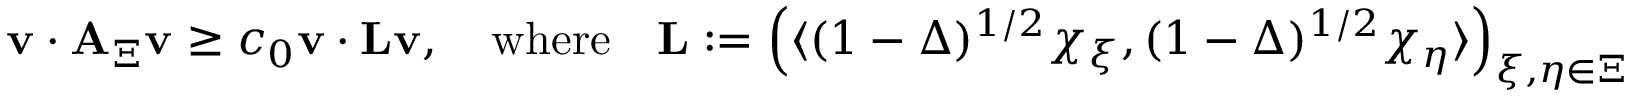
\begin{array} { r } { \boldsymbol { \mathbf { v } } \cdot \boldsymbol { \mathbf { A } } _ { \Xi } \boldsymbol { \mathbf { v } } \ge c _ { 0 } \boldsymbol { \mathbf { v } } \cdot \boldsymbol { \mathbf { L } } \boldsymbol { \mathbf { v } } , \quad \mathrm { w h e r e } \quad \boldsymbol { \mathbf { L } } : = \left( \langle ( 1 - \Delta ) ^ { 1 / 2 } \chi _ { \xi } , ( 1 - \Delta ) ^ { 1 / 2 } \chi _ { \eta } \rangle \right) _ { \xi , \eta \in \Xi } } \end{array}